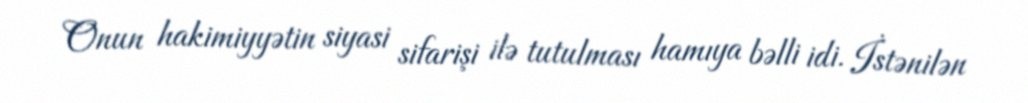
Onun hakimiyyətin siyasi sifarişi ilə tutulması hamıya bəlli idi. İstənilən